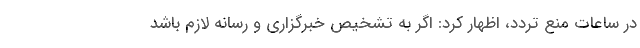
در ساعات منع تردد، اظهار کرد: اگر به تشخیص خبرگزاری و رسانه لازم باشد